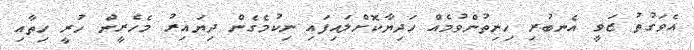
އެވަގުތު ޒަވީ އެނބުރި ހިނިތުންވުމެއް ހަދިޔާކޮށްލައިފައި ނިކުމެގެން ދިޔައިރު މެހެރީން ހުރީ ހިތާއި